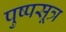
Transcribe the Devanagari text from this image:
पुष्पसूत्र